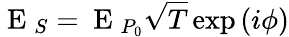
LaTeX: \mathrm{~E~}_{S}=\mathrm{~E~}_{P_{0}}\sqrt{T}\exp\left(i\phi\right)